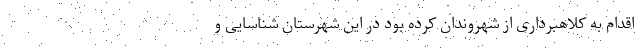
اقدام به کلاهبرداری از شهروندان کرده بود در این شهرستان شناسایی و